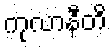
ကုလာနီတိ